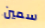
سمين